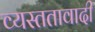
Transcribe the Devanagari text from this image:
व्यस्ततावादी